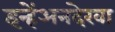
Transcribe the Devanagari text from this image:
इन्हेंअनदेखा